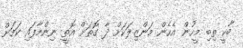
ބާކީ ތިބި މީހުން އެހެން މަންޒިލަކަށް ދާ ގޮތަށް އޮތީ ނިންމާފައި ކަމަށް